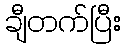
ချီတက်ပြီး